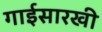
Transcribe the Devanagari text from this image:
गाईसारखी